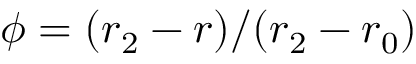
\phi = ( r _ { 2 } - r ) / ( r _ { 2 } - r _ { 0 } )